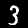
Digit: 3